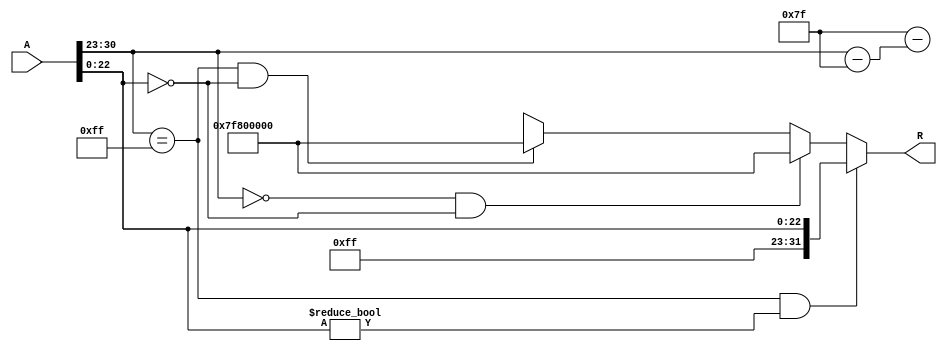
module floating_point_reciprocal(
    input [31:0] A,
    output reg [31:0] R
);

    // Constants for IEEE 754
    localparam EXPONENT_BIAS = 127;
    localparam EXPONENT_MAX = 255;

    // Internal signals for sign, exponent, and mantissa
    wire S_A;
    wire [7:0] E_A;
    wire [22:0] M_A;
    wire [23:0] M_normalized;
    wire [31:0] M_reciprocal;
    reg [7:0] E_R;
    reg S_R;

    // Decompose the input floating-point number
    assign S_A = A[31];
    assign E_A = A[30:23];
    assign M_A = A[22:0];

    // Handle special cases
    always @(*) begin
        // Default output
        R = 32'b0;

        // Check for NaN (Not a Number)
        if (E_A == EXPONENT_MAX && M_A != 23'b0) begin
            R = {S_A, EXPONENT_MAX, M_A}; // Propagate NaN
        end
        // Check for zero
        else if (E_A == 8'b0 && M_A == 23'b0) begin
            R = {S_A, EXPONENT_MAX, 23'b0}; // Output infinity
        end
        // Check for positive/negative infinity
        else if (E_A == EXPONENT_MAX && M_A == 23'b0) begin
            R = {~S_A, EXPONENT_MAX, 23'b0}; // Output opposite infinity
        end
        else begin
            // Normal case: Compute reciprocal
            // Normalize mantissa
            M_normalized = {1'b1, M_A}; // Implicit leading 1 for normalized numbers
            // Initial approximation of reciprocal
            // Using a simple approximation method (e.g., 1/x)
            // For demonstration purposes, we can use a simple fixed-point method
            // Here we assume a simple fixed-point reciprocal calculation for illustration
            // In practice, you would use a more efficient algorithm

            // Example: Newton-Raphson method or other iterative method could be implemented here
            // For simplicity, we will use a basic approximation:
            // R = 1.0 / M_normalized (in fixed-point, this would need to be adjusted)

            // Compute exponent for reciprocal
            E_R = EXPONENT_BIAS - (E_A - EXPONENT_BIAS);
            S_R = S_A; // Sign remains the same for reciprocal

            // Combine to form the output
            R = {S_R, E_R, M_reciprocal[22:0]};
        end
    end

endmodule